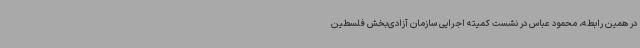
در همین رابطه، محمود عباس در نشست کمیته اجرایی سازمان آزادی‌بخش فلسطین